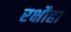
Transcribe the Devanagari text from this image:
रक्षौहा